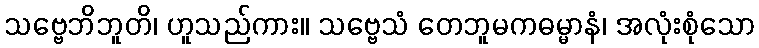
သဗ္ဗေဘိဘူတိ၊ ဟူသည်ကား။ သဗ္ဗေသံ တေဘူမကဓမ္မာနံ၊ အလုံးစုံသော